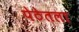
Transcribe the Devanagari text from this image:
पेठेतला